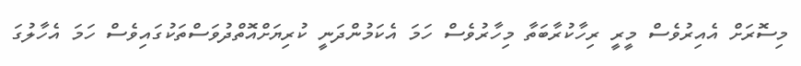
މިސޮރަށް އެއިރުވެސް މީރީ ރިހާކުރާބަތާ މިހާރުވެސް ހަމަ އެކަމުންދަނީ ކުރިޔަށްއޮތްދުވަސްތަކުގައިވެސް ހަމަ އެހާލުގަ